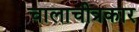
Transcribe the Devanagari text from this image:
चालाचीत्रकार